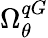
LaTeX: \Omega_{\theta}^{qG}